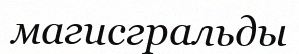
магисгральды